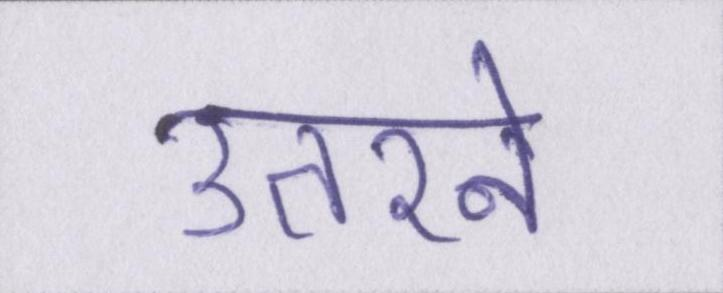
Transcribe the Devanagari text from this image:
उतरने